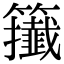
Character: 𥷪